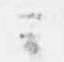
云